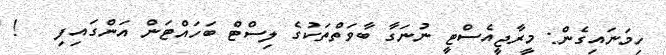
ހިމަނައިގެން: މީރާޖީއެސްޓީ ނުނަގާ ބާވަތްތަކުގެ ލިސްޓް ބަހައްޓަން އަންގައިފި   !